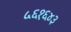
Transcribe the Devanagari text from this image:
५६१६४३